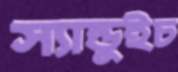
স্যান্ডুইচ